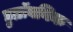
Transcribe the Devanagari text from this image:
डुब्रॉवनिक